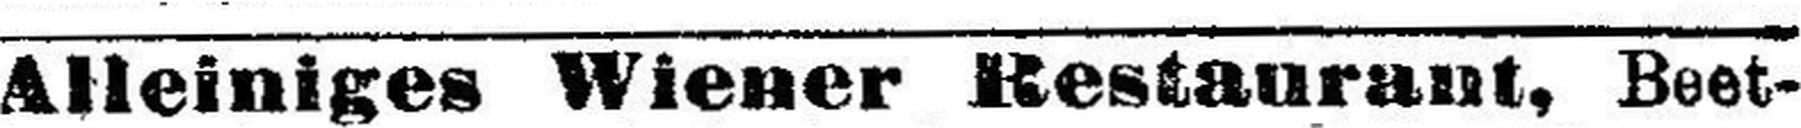
Alleiniges Wiener Restaurant, Beet¬